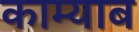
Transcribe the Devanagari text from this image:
काम्याब